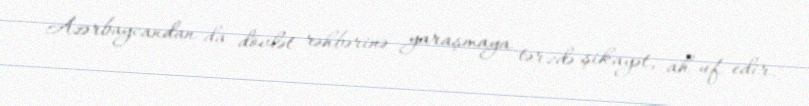
Azərbaycandan da dövlət rəhbərinə yaraşmaya tərzdə şikayət, ah-uf edir.